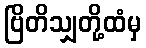
ဗြိတိသျှတို့ထံမှ